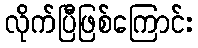
လိုက်ပြီဖြစ်ကြောင်း